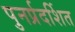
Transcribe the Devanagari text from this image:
पुनर्प्रदर्शित